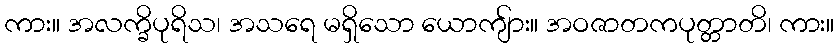
ကား။ အလက္ခိပုရိသ၊ အသရေ မရှိသော ယောကျ်ား။ အဝဇာတကပုတ္တာတိ၊ ကား။